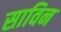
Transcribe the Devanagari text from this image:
साविन